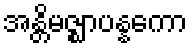
အန္တိမဇ္ဈာပန္နကော